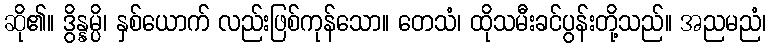
ဆို၏။ ဒွိန္နမ္ပိ၊ နှစ်ယောက် လည်းဖြစ်ကုန်သော။ တေသံ၊ ထိုသမီးခင်ပွန်းတို့သည်။ အညမညံ၊